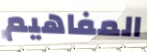
المفاهيم